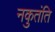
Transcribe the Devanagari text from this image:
नकुतंति